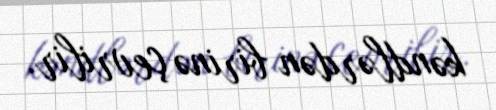
kəndlərdən birinə çevrilir.